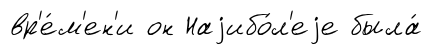
вр'е́м'ен'и он Наjибо́л'еjе была́